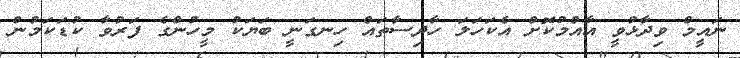
ނައީމް ވިދާޅުވީ އާއްމުކޮށް އެކަހަލަ ހާދިސާތައް ހިނގަނީ ބަޔަކު މީހުންގެ ފަރުވާ ކުޑަކަމުން